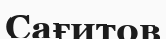
Сағитов